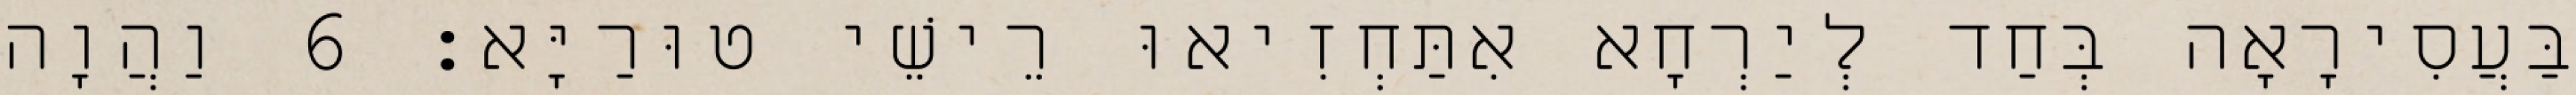
בַּעֲסִירָאָה בְּחַד לְיַרְחָא אִתַּחְזִיאוּ רֵישֵׁי טוּרַיָּא׃ 6 וַהֲוָה